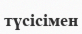
түсісімен